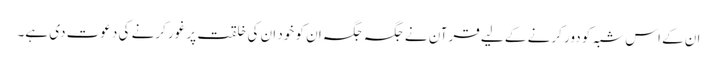
ان کے اس شبہ کو دور کرنے کے لیے قرآن نے جگہ جگہ ان کو خود ان کی خلقت پر غور کرنے کی دعوت دی ہے۔